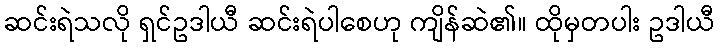
ဆင်းရဲသလို ရှင်ဥဒါယီ ဆင်းရဲပါစေဟု ကျိန်ဆဲ၏။ ထိုမှတပါး ဥဒါယီ